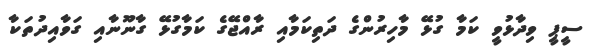
ސީޕީ ވިދާޅުވީ ކަމާ ގުޅޭ މާހިރުންގެ ދަތިކަމާއި ރާއްޖޭގެ ކަމާގުޅޭ ގާނޫނާއި ގަވާއިދުތަކާ